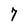
Character: 7